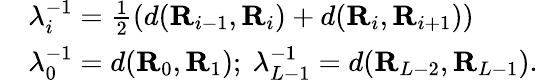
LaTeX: \begin{array}{rl}&{\lambda_{i}^{-1}=\frac{1}{2}\left(d(\textbf{R}_{i-1},\textbf{R}_{i})+d(\textbf{R}_{i},\textbf{R}_{i+1}\right))}\\ &{\lambda_{0}^{-1}=d(\textbf{R}_{0},\textbf{R}_{1});~\lambda_{L-1}^{-1}=d(\textbf{R}_{L-2},\textbf{R}_{L-1}).}\end{array}